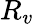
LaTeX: R_{v}